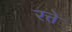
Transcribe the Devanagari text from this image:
रत्ते